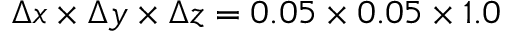
\Delta x \times \Delta y \times \Delta z = 0 . 0 5 \times 0 . 0 5 \times 1 . 0